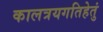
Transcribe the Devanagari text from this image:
कालत्रयगतिहेतुं